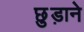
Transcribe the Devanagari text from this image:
छु़ड़ाने